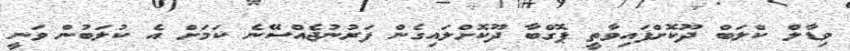
ވިޑާލް ކްލަބް ދޫކޮށްފައިވާތީ ޕޮގްބާ ދޫކޮށްލައިގެން ފަރުނުޖެއްސޭނެ ކަމަށް އެ ކުލަބުން ވަނީ